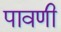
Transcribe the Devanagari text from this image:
पावणी